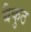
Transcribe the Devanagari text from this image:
बैकुठ